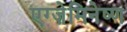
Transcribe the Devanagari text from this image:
एग्ज़ेमिनेष्ण